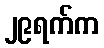
၂၉ရက်က